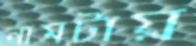
নামটায়